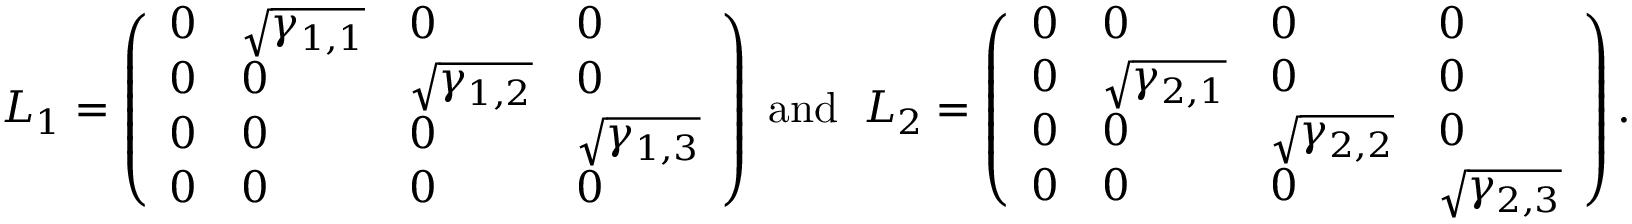
{ \cal L } _ { 1 } = \left( \begin{array} { l l l l } { 0 } & { \sqrt { \gamma _ { 1 , 1 } } } & { 0 } & { 0 } \\ { 0 } & { 0 } & { \sqrt { \gamma _ { 1 , 2 } } } & { 0 } \\ { 0 } & { 0 } & { 0 } & { \sqrt { \gamma _ { 1 , 3 } } } \\ { 0 } & { 0 } & { 0 } & { 0 } \end{array} \right) \; \mathrm { a n d } \; \; { \cal L } _ { 2 } = \left( \begin{array} { l l l l } { 0 } & { 0 } & { 0 } & { 0 } \\ { 0 } & { \sqrt { \gamma _ { 2 , 1 } } } & { 0 } & { 0 } \\ { 0 } & { 0 } & { \sqrt { \gamma _ { 2 , 2 } } } & { 0 } \\ { 0 } & { 0 } & { 0 } & { \sqrt { \gamma _ { 2 , 3 } } } \end{array} \right) .